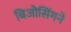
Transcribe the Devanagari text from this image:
बिजोसिंगने